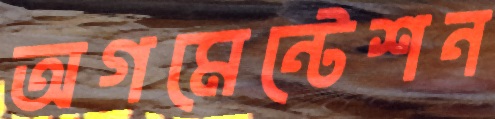
অগমেন্টেশন